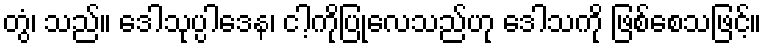
တွံ၊ သည်။ ဒေါသုပ္ပါဒေန၊ ငါ့ကိုပြုလေသည်ဟု ဒေါသကို ဖြစ်စေသဖြင့်။